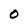
Character: 0